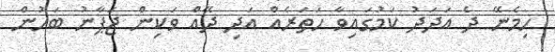
ހިމެނޭ ދެ އަދަދު ކަމުގައިވާ ހަތަރެއް އަދި ދޭއް ވަކިން ޖަޕާނު ބަހުން